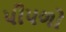
પીપળો